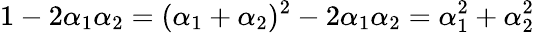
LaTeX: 1-2\alpha_{1}\alpha_{2}=(\alpha_{1}+\alpha_{2})^{2}-2\alpha_{1}\alpha_{2}=\alpha_{1}^{2}+\alpha_{2}^{2}